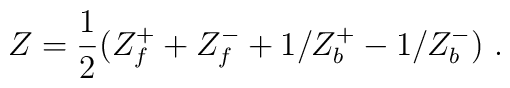
Z = \frac{1}{2}(Z_{f}^{+} + Z_{f}^{-} + 1/Z_{b}^{+} - 1/Z^{-}_{b}) \ .